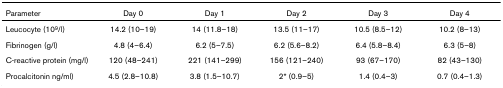
<table><thead><tr><td><b>Parameter</b></td><td><b>Day 0</b></td><td><b>Day 1</b></td><td><b>Day 2</b></td><td><b>Day 3</b></td><td><b>Day 4</b></td></tr></thead><tbody><tr><td>Leucocyte (10<sup>9</sup>/l)</td><td>14.2 (10–19)</td><td>14 (11.8–18)</td><td>13.5 (11–17)</td><td>10.5 (8.5–12)</td><td>10.2 (8–13)</td></tr><tr><td>Fibrinogen (g/l)</td><td>4.8 (4–6.4)</td><td>6.2 (5–7.5)</td><td>6.2 (5.6–8.2)</td><td>6.4 (5.8–8.4)</td><td>6.3 (5–8)</td></tr><tr><td>C-reactive protein (mg/l)</td><td>120 (48–241)</td><td>221 (141–299)</td><td>156 (121–240)</td><td>93 (67–170)</td><td>82 (43–130)</td></tr><tr><td>Procalcitonin ng/ml)</td><td>4.5 (2.8–10.8)</td><td>3.8 (1.5–10.7)</td><td>2* (0.9–5)</td><td>1.4 (0.4–3)</td><td>0.7 (0.4–1.3)</td></tr></tbody></table>